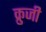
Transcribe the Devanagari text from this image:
क्रुजी